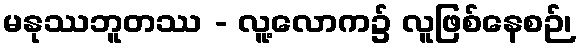
မနုဿဘူတဿ - လူ့လောက၌ လူဖြစ်နေစဉ်၊